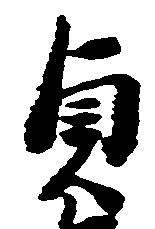
貞